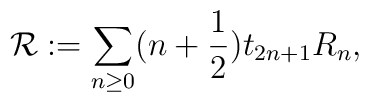
{\cal R}:=\sum_{n\geq 0}(n+\frac{1}{2})t_{2n+1}R_n,